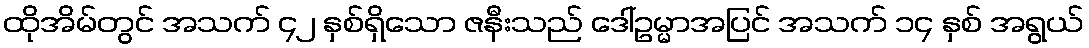
ထိုအိမ်တွင် အသက် ၄၂ နှစ်ရှိသော ဇနီးသည် ဒေါ်ဥမ္မာအပြင် အသက် ၁၄ နှစ် အရွယ်